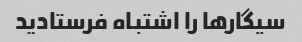
سیگار‌ها را اشتباه فرستادید